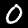
Digit: 0